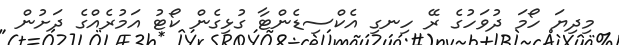
މިދިޔަ ހޯމަ ދުވަހުގެ ރޭ ހިނގި އެކްސިޑެންޓާ ގުޅިގެން ކޯޓު އަމުރެއްގެ ދަށުން